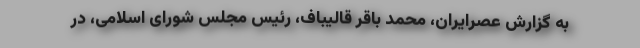
به گزارش عصرایران، محمد باقر قالیباف، رئیس مجلس شورای اسلامی، در